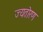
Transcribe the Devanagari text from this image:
ज्यतोरण